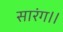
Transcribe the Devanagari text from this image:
सारंग।।